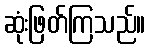
ဆုံးဖြတ်ကြသည်။